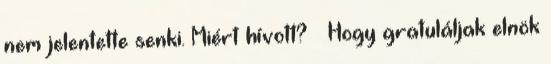
nem jelentette senki. Miért hívott? – Hogy gratuláljak elnök